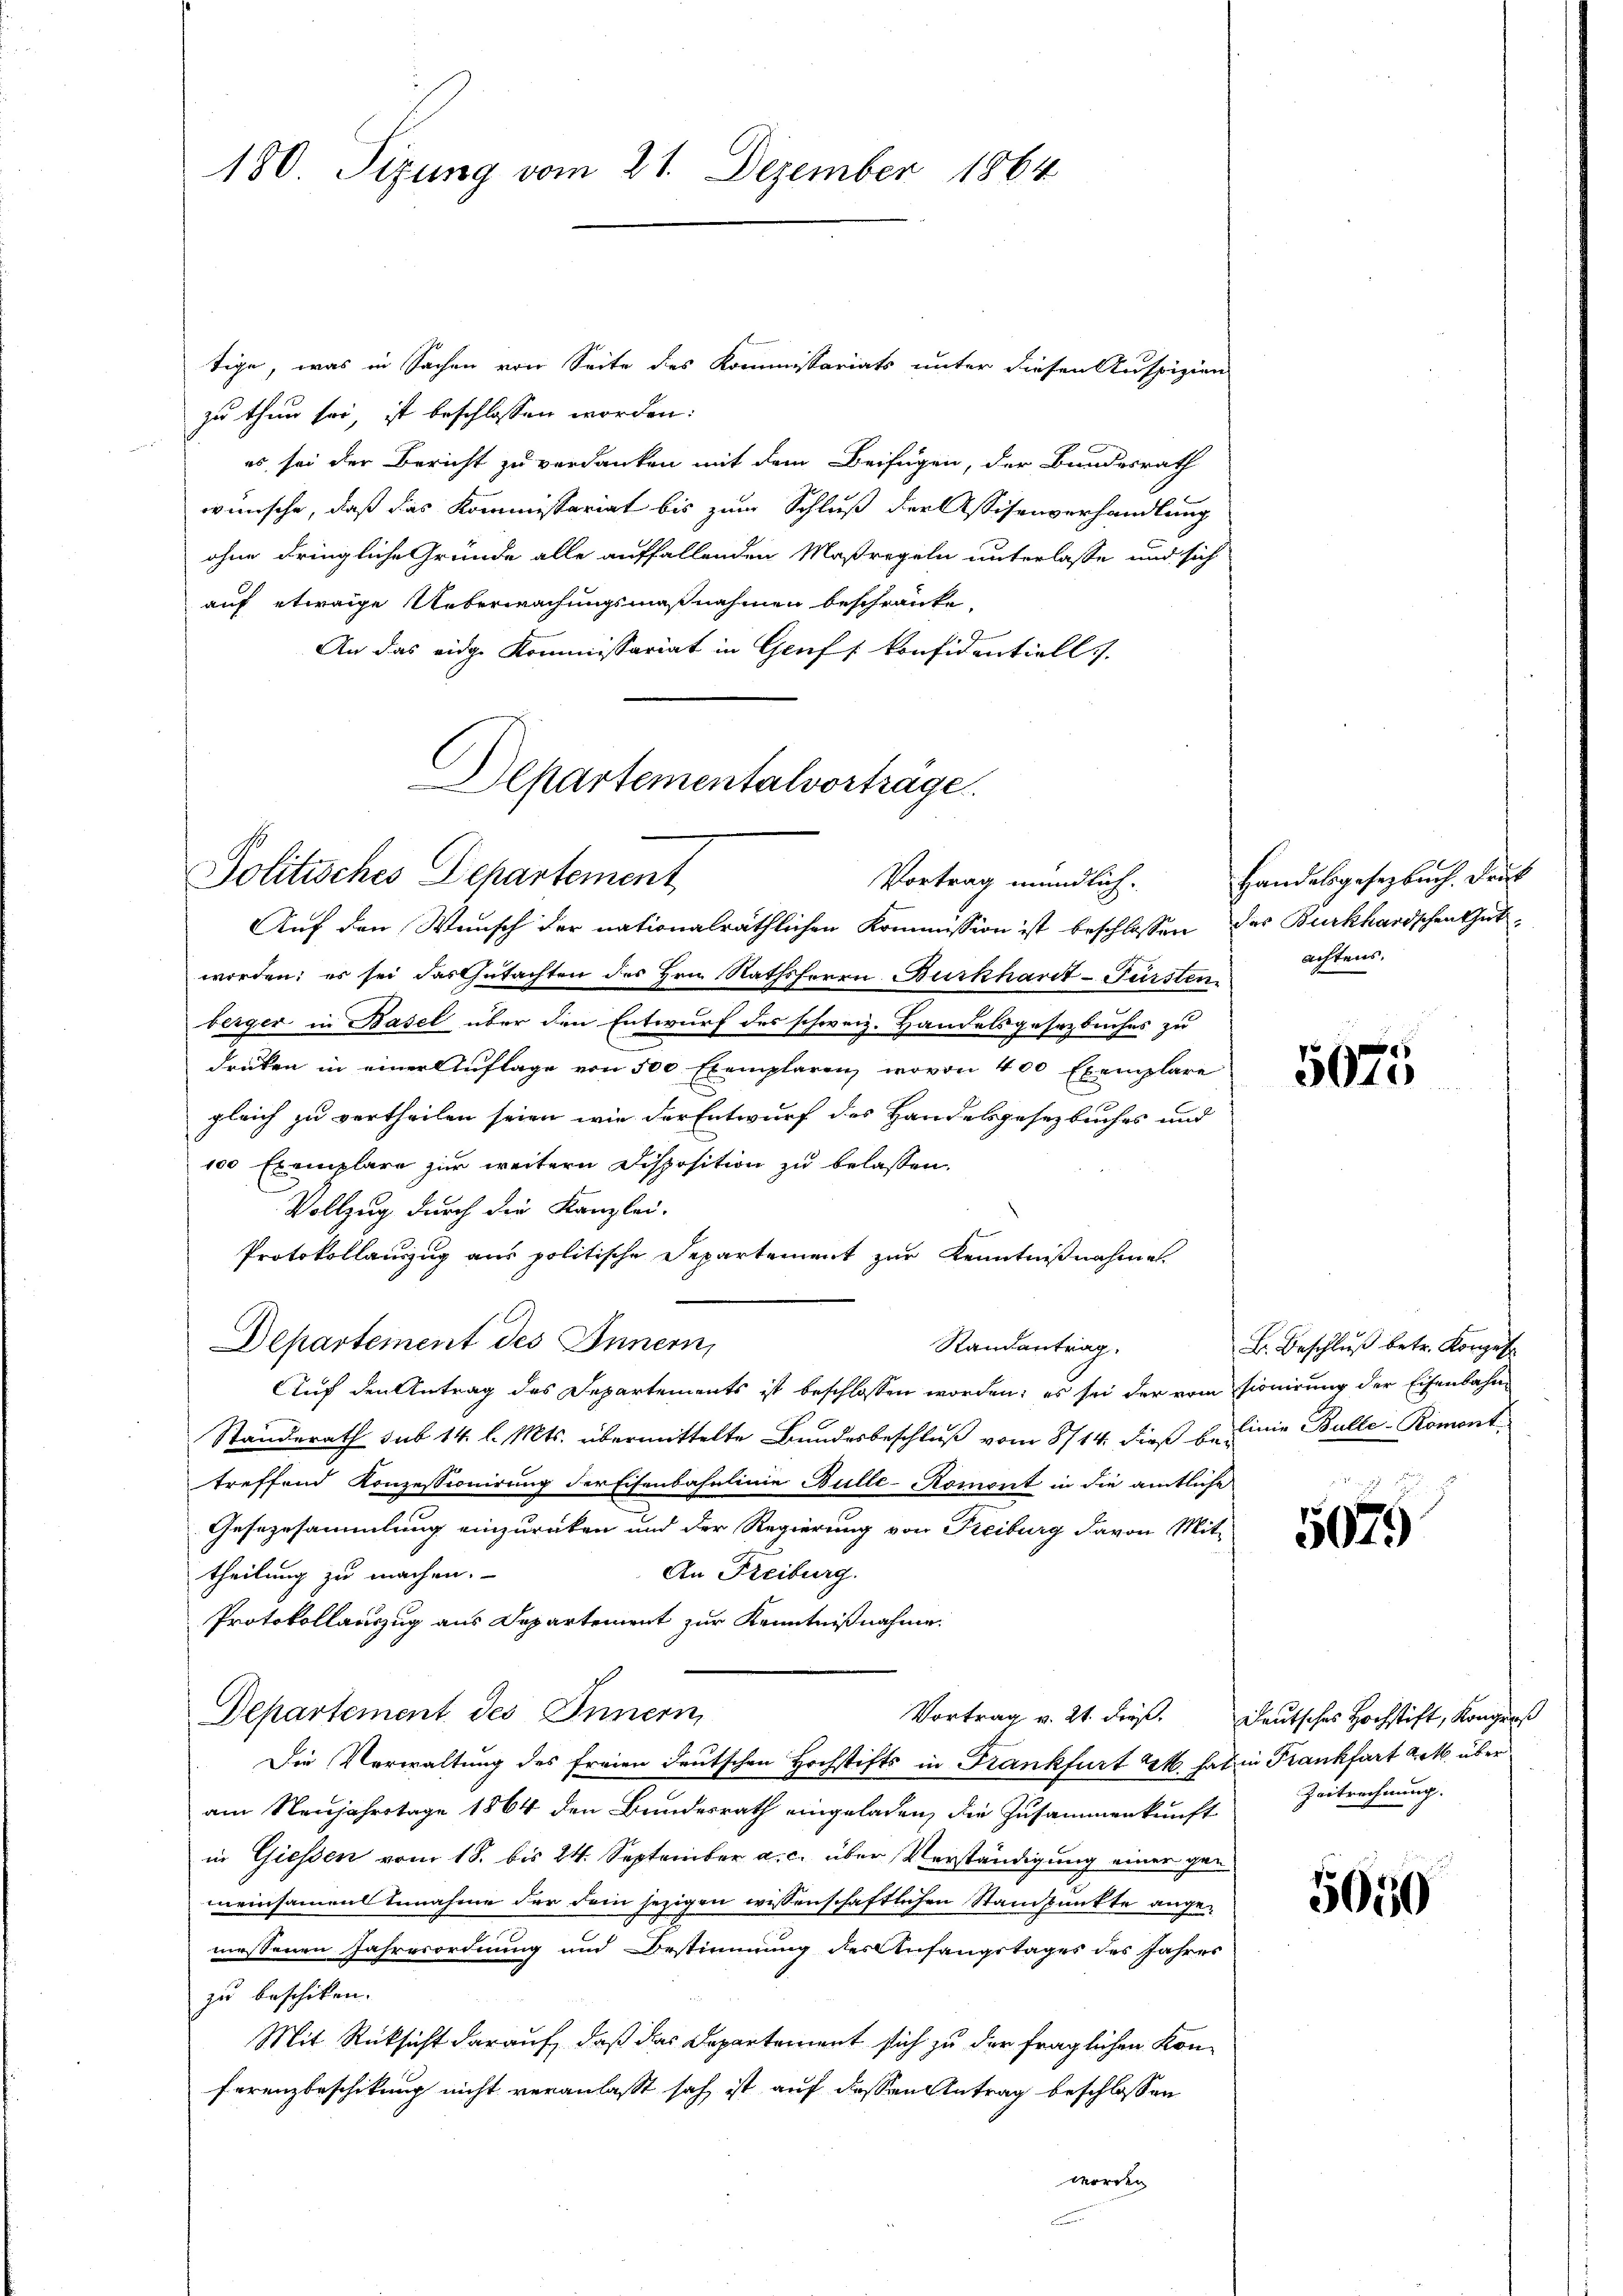
180. Sizung vom 21. Dezember 1864

tige, was in Sachen von Seite des Kommissariats unter diesen Auspizien
zu thun sei, ist beschlossen worden:
es sei der Bericht zu verdanken mit dem Beifügen, der Bundesrath
wünsche, daß das Kommissariat bis zum Schluß der Assisenverhandlung
ohne dringliche Gründe alle auffallenden Maßregeln unterlasse und sich
auf etwaige Ueberwachungsmaßnahmen beschränke,
An das eidge Kommissariat in Genf [Konfidentiell

Departementalvorträge.
Politisches Departement
Vortrag mündlich.

Auf den Wunsch der nationalräthlichen Kommission ist beschlossen, das Burkhardschen Gutworden; es sei das Gutachten des Hrn. Rathsherrn Burkhardt-Fürsten
berger in Basel über den Entwurf des schweiz. Handelsgesezbuches zu
drücken in einer Auflage von 500 Exemplaren, wovon 400 Exemplare
gleich zu vertheilen seien, wie der Entwurf des Handelsgesetzbuches und
100 Exemplare zur weitern Disposition zu belassen.
Vollzug durch die Kanzlei-
Protokollauszug aus politische Departement zur Kenntnißnahme
Departement des Innern,
Randantrag.
Auf den Antrag des Departements ist beschlossen worden; es sei der vom Pionirung der Eisenbahn¬
Standerath sub 14. l. Mts. übermittelte Bundesbeschlŭβ vom 8/14. dieß u. die Bulle-Romont
treffend Konzessionirung der Eisenbahnlinie Bulle-Romont in die amtliche
Gesezesammlung einzurücken und der Regierung von Freiburg davon Mit-
An Freiburg.
theilung zu machen.
Protokollauszug aus Departement zur Kenntnißnahme.
Departement des Innern,
Vortrag v. 21. dieß. Deutsches Hochstift, Kongres
Die Verwaltung des freien deutschen Hochstifts in Frankfurt u. hat in Frankfurt a M. über
am Neujahrstage 1864 den Bundesrath eingeladen, die Zusammenkunft Zeitrechnung.
in Giessen vom 18. bis 24. September a. c. über Verständigung einer gen
meinsamen Annahme der dem jezigen wissenschaftlichen Standpunkte ange¬

messenen Jahresordnung und Bestimmung des Anfangstages des Jahres
zu beschiken.
Mit Rücksicht darauf, daß das Departement sich zu der fraglichen Konferenzbeschikung nicht veranlaßt sah ist auf dessen Antrag beschlossen
worden.

Handelsgesetzbuch. Drus
achtens.

5075

B. Beschluß betr. Körper

5079

5050